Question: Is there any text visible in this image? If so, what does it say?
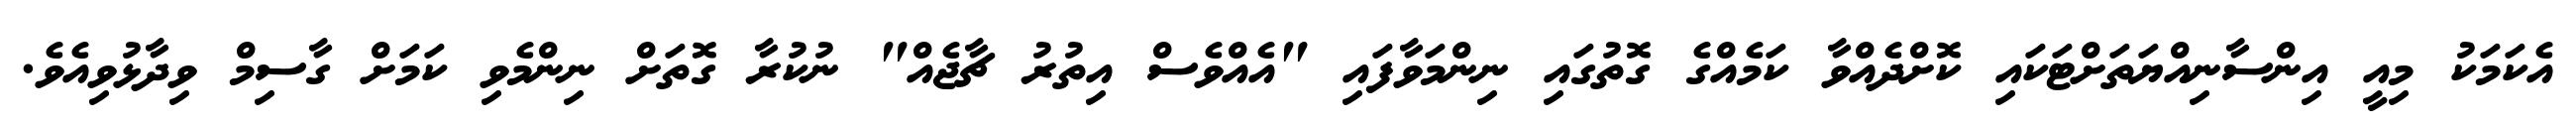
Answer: އެކަމަކު މިއީ އިންސާނިއްޔަތަށްޓަކައި ކޮށްދެއްވާ ކަމެއްގެ ގޮތުގައި ނިންމަވާފައި "އެއްވެސް އިތުރު ޗާޖެއް" ނުކުރާ ގޮތަށް ނިންމެވި ކަމަށް ގާސިމް ވިދާޅުވިއެވެ.